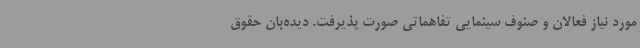
مورد نیاز فعالان و صنوف سینمایی تفاهماتی صورت پذیرفت. دیده‌بان حقوق